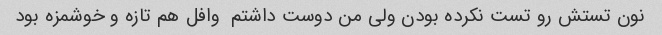
نون تستش رو تست نکرده بودن ولی من دوست داشتم  وافل هم تازه و خوشمزه بود